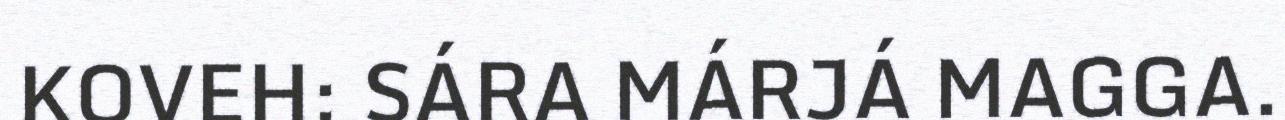
KOVEH: SÁRA MÁRJÁ MAGGA.